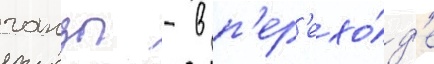
ганзы - в п'ер'ехо́д'е